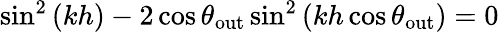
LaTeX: \begin{array}{r}{\sin^{2}\left(kh\right)-2\cos\theta_{\mathrm{out}}\sin^{2}\left(kh\cos\theta_{\mathrm{out}}\right)=0}\end{array}